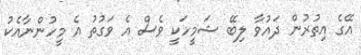
އޭގެ އިތުރުން ދައުވާ ލިބޭ ޝަމީހަކީ ވެސް އެ ވަގުތު އެ މީހުންނާއެކު